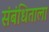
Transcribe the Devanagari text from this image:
संबंधिताला